Vaccination in Bombay 1913-1923 - 1913-1923
Year: 1913
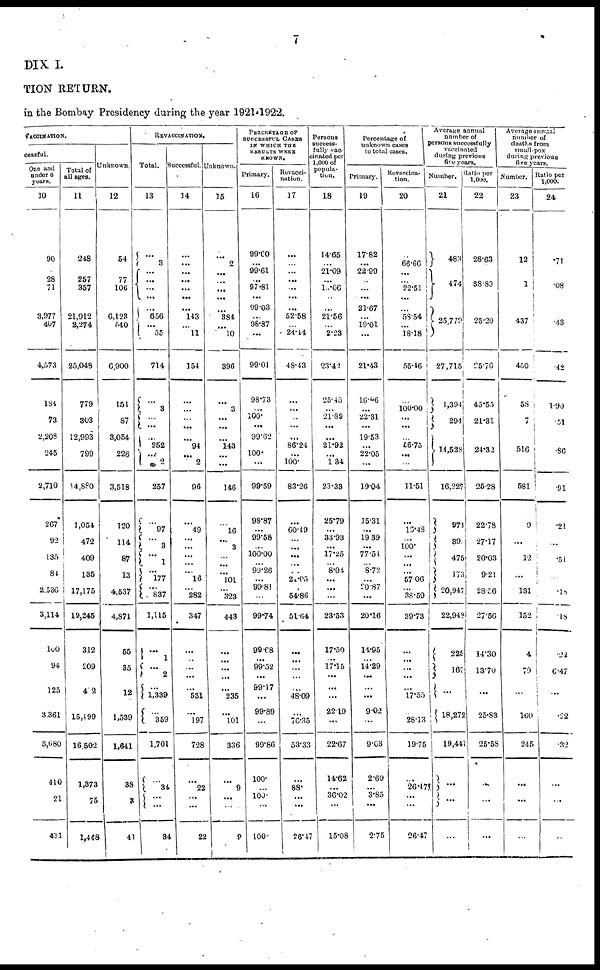
7
DIX I.
TION RETURN.
in the Bombay Presidency during the year 1921-1922.
VACCINATION.
cessful.
One and
under 6
years.
10
90
28
71
3,977
407
4,573
184
73
2,208
245
2,710
267
92
135
84
2,536
3,114
100
94
125
3,361
3,680
410
21
431
Total of
all ages.
11
248
257
357
21,912
2,274
25,048
779
303
12,993
799
14,880
1,054
472
409
135
17,175
19,245
312
209
402
15,499
16,502
1,373
75
1,448
Unknown.
12
54
77
106
6,123
540
6,900
151
87
3,054
226
3,518
120
114
87
13
4,537
4,871
55
35
12
1,539
1,641
38
3
41
REVACCINATION.
Total.
13
...
3
...
...
...
...
...
656
...
55
714
...
3
...
...
...
252
...
2
257
...
97
...
3
...
1
...
177
...
837
1,115
...
1
...
2
...
1,339
...
359
1,701
...
34
...
...
34
Successful.
14
...
...
...
...
...
...
...
143
...
11
154
...
...
...
...
...
94
...
2
96
...
49
...
...
...
...
...
16
...
282
347
...
...
...
...
...
531
...
197
728
...
22
...
...
22
Unknown.
15
...
2
...
...
...
...
...
384
...
10
396
...
3
...
...
...
143
...
...
146
...
16
...
3
...
...
...
101
...
323
443
...
...
...
...
...
235
...
101
336
...
9
...
...
9
PERCENTAGE OF
SUCCESSFUL CASES
IN WHICH THE
RESULTS WERE
KNOWN.
Primary.
16
99.60
...
99.61
...
97.81
...
99.03
...
98.87
...
99.01
98.73
...
100.
...
99.62
100.
...
99.59
98.87
...
99.58
...
100.00
...
99.26
...
99.81
...
99.74
99.68
...
99.52
...
99.17
...
99.89
...
99.86
100.
...
100.
...
100
Revacci¬
nation.
17
...
...
...
... ...
...
...
52.58
...
24.44
48.43
...
...
...
...
...
86.24
...
100.
83.26
...
60.49
...
...
...
...
...
21.05
54.86
51.64
...
...
...
...
...
48.09
...
76.35
53.33
...
88.
...
...
26.47
Persons
success¬
fully vac-
ated per
1,000 of
popula¬
tion.
18
14.65
...
21.09
...
15.06
...
...
21.56
...
2.23
23.42
25.45
... 21.89
...
...
21.92
... 1.34
23.33
25.79
...
33.93
...
17.25
...
8.04
...
...
23.53
17.50
...
17.15
...
...
...
22.19
...
22.67
14.62
...
36.02
...
15.08
Percentage of
unknown cases
to total cases.
Primary.
19
17.82
...
22.99
... ...
...
21.67
...
19.01
...
21.43
16.06
...
22.31
...
19.53
...
22.05
...
19.04
15.31
...
19.39
...
77.54
...
8.72
...
20.87
...
20.16
14.95
...
14.29
...
...
...
9.02
...
9.03
2.69
...
3.85
...
2.75
Re-vaccina¬
tion.
20
...
66.66
...
...
22.51
...
...
58.54
...
18.18
55.46
...
100.00
...
...
...
56.75
...
...
11.51
...
16.48
...
100.
...
...
...
57.06
...
38.59
39.73
...
...
...
...
...
17.55
28.13
19.75
...
26.47
...
...
26.47
Average annual
number of
persons successfully
vaccinated
during previous
five years.
Number.
21
483
474
25,779
27,715
1,394
294
14,528
16,227
974
39
475
173
20,947
22,948
225
167
...
18,272
19,441
...
...
...
Ratio per
1,000.
22
28.63
38.89
25.20
25.76
45.55
21.31
24.32
25.28
22.78
27.17
20.03
9.21
28.56
27.56
14.30
13.70
...
25.83
25.58
...
...
...
Average annual
number of
deaths from
small-pox
during previous
five years.
Number.
23
12
1
437
450
58
7
516
581
9
...
12
...
131
152
4
79
...
160
245
...
...
...
Ratio per
1,000.
24
.71
.08
.48
42
1.90
.51
.86
.91
21
...
.51
...
.78
.18
.22
6.47
...
.22
.32
...
...
...